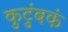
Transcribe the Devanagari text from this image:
कुटुंबकं